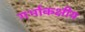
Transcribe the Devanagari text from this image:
गर्भाकक्षीय